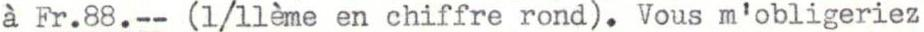
à Fr.88.-- (l/llème en chiffre rond.) Vous m'obligeriez